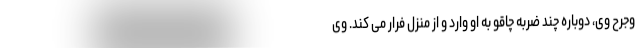
وجرح وی، دوباره چند ضربه چاقو به او وارد و از منزل فرار می کند. وی